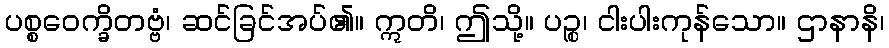
ပစ္စဝေက္ခိတဗ္ဗံ၊ ဆင်ခြင်အပ်၏။ ဣတိ၊ ဤသို့။ ပဉ္စ၊ ငါးပါးကုန်သော။ ဌာနာနိ၊